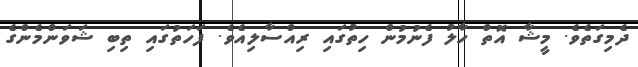
ދެމިގަތެވެ. މީޝާ އޮތް ހާލު ފެނުމުން ހިތުގައި ރިއްސާލިއެވެ. ފަހަތުގައި ތިބި ޝަވަންމެންގެ